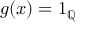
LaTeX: g ( x ) = 1 _ { \mathbb { Q } }